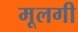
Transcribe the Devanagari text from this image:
मूलगी